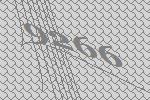
9266